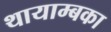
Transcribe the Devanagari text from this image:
थायाम्बका